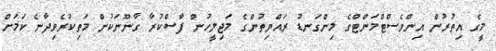
މީގެ އިތުރުން އިންވެސްޓްމަންޓްގެ މިންގަނޑު ރައްޔިތުންގެ މަޖިލީހުން ފާސްކުރާ ގާނޫނަކުން މަތިކުރެވިދާނެ ކަމަށް